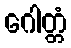
ဂေါတ္တံ